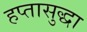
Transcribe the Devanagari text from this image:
हप्तासुद्धा